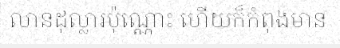
លានដុល្លារប៉ុណ្ណោះ ហើយក៏កំពុងមាន